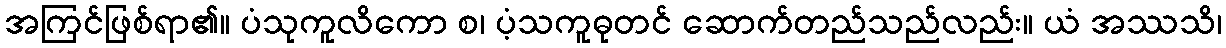
အကြင်ဖြစ်ရာ၏။ ပံသုကူလိကော စ၊ ပံ့သကူဓုတင် ဆောက်တည်သည်လည်း။ ယံ အဿသိ၊